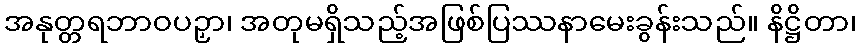
အနုတ္တရဘာဝပဉှာ၊ အတုမရှိသည့်အဖြစ်ပြဿနာမေးခွန်းသည်။ နိဋ္ဌိတာ၊